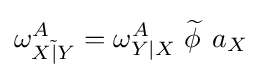
\omega _{X{\tilde {|}}Y}^{A}=\omega _{Y|X}^{A}\;{\widetilde {\phi \,}}\;a_{X}\,\!